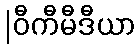
|ဝီကီမီဒီယာ